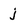
Character: j